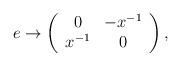
LaTeX: \begin{align*}e \rightarrow \left( \begin{array}{cc} 0 & -x^{-1} \\ x^{-1} & 0 \end{array} \right),\end{align*}